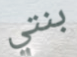
بنتي